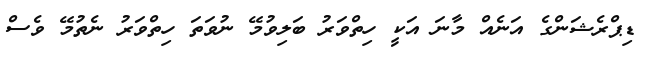
ޑިޕްރެޝަންގެ އަނެއް މާނަ އަކީ ހިތްވަރު ބަލިވުމޭ ނުވަތަ ހިތްވަރު ނެތުމޭ ވެސް